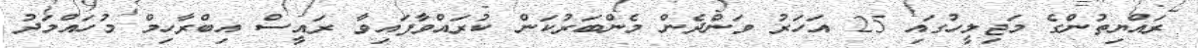
ރައްޔިތުންގެ މަޖިލީހުގައި 25 އަހަރު ވަންދެން މެންބަރުކަން ކުރައްވާފައިވާ ރައީސް އިބްރާހިމް މުހައްމަދު